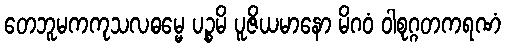
တေဘူမကကုသလဓမ္မေ ပဉ္စမိ ပူဇိယမာနော မိဂဝံ ဝါစုဂ္ဂတကရဏံ